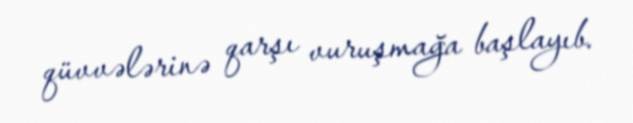
qüvvələrinə qarşı vuruşmağa başlayıb.